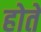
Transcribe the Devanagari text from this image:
होते